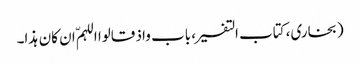
(بخاری، کتاب التفسیر، باب واذ قالوا اللہمّ ان کان ہذا۔